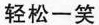
轻松一笑